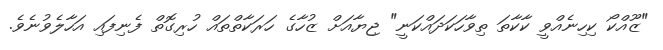
"ޒޫއްކޯ ކިހިނެއްވީ ކާކާތަ ތިވާހަކަދައްކަނީ" ޖިޔާއަށް ޒުހާގެ ހަރަކާތްތައް ހުރިގޮތް ފެނިފައި އަހާލެވުނެވެ.